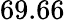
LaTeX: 69.66